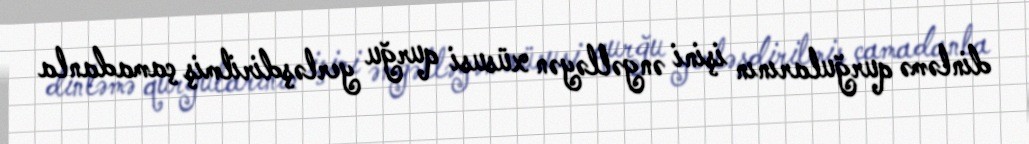
dinləmə qurğularının işini əngəlləyən xüsusi qurğu yerləşdirilmiş çamadanla